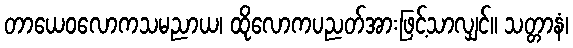
တာယေဝလောကသမညာယ၊ ထိုလောကပညတ်အားဖြင့်သာလျှင်။ သတ္တာနံ၊